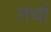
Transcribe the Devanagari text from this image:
तथां